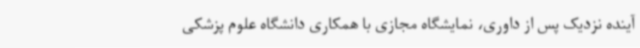
آینده نزدیک پس از داوری، نمایشگاه مجازی با همکاری دانشگاه علوم پزشکی